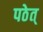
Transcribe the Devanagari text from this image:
पठेत्‌